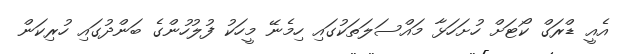
އެއީ ޑްރަގް ކޯޓަށް ހުށަހަޅާ މައްސަލަތަކުގައި ހިމެނޭ މީހަކު ފުލުހުންގެ ބަންދުގައި ހުރިކަން